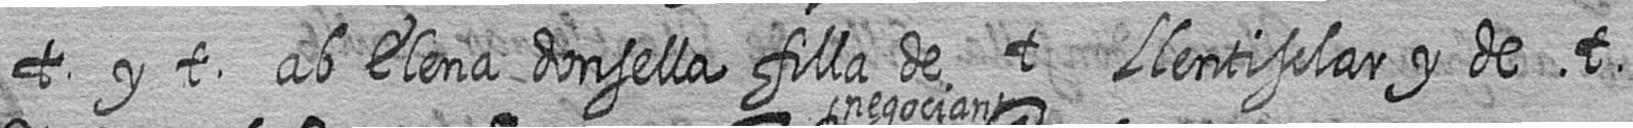
t y t ab Elena donsella filla de t Llentisclar y de t